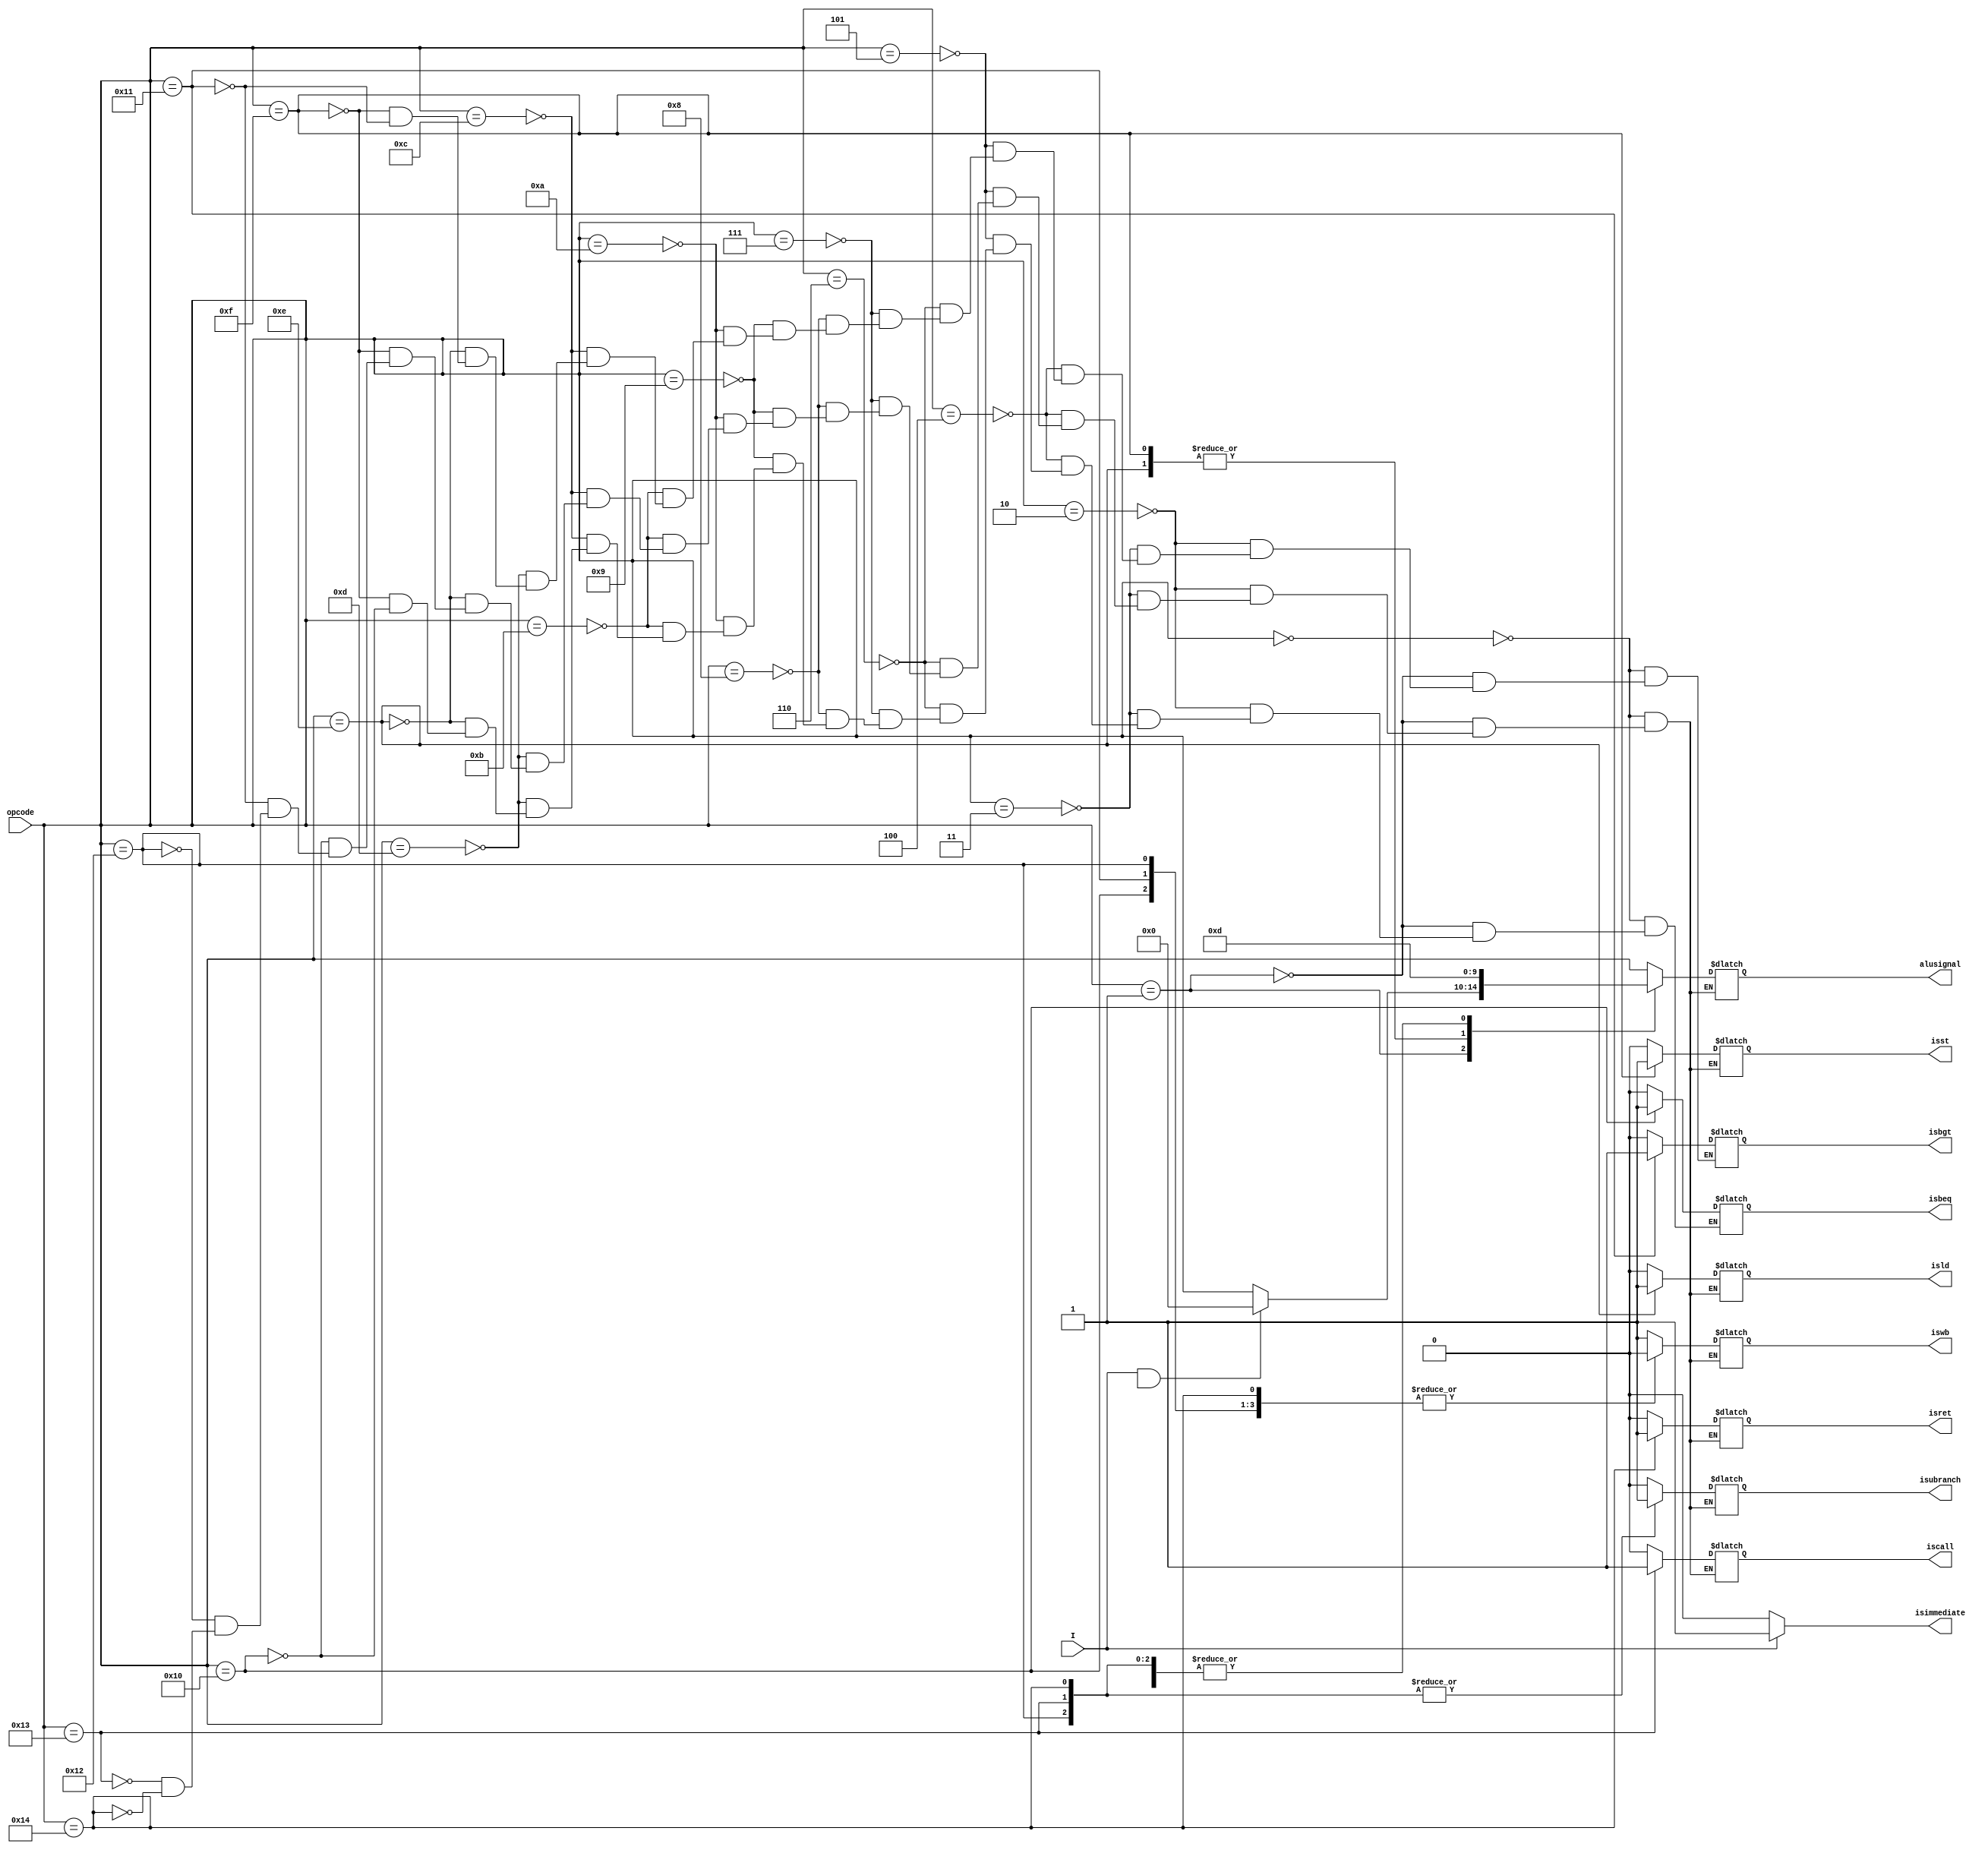
module control ( opcode, I, isst, isld, isbeq, isbgt,isret,isimmediate, iswb,isubranch,iscall,alusignal );

output isst,isld,isbeq,isret,isimmediate,iswb,isubranch,iscall,isbgt;
input [4:0] opcode;                 
input I;
output [4:0] alusignal;
                 
reg isst,isld,isbeq,isret,isimmediate,iswb,isubranch,iscall,isbgt;
wire [4:0] opcode;                 
wire I;
reg [4:0] alusignal;


           always @(*)
           begin
           
           if (I == 1)
           begin
           isimmediate = 1;
           end
           else 
           begin
           isimmediate = 0;
           end         
case(opcode)
5'b00000:                               //Arithmetic Operations
      begin                                         
       alusignal = opcode;
       iswb      = 1;
       isst      = 0;
       isld      = 0;
       isret     = 0;
       isubranch = 0;
       iscall    = 0;
       isbeq     = 0;
       isbgt     = 0;
      end
5'b00001: 
      begin
      if (I==1 && p.immx[31])
      begin
      alusignal = 5'b00000;
      end
      else
      begin
      alusignal = opcode;
      end
       iswb      = 1;
       isst      = 0;
       isld      = 0;
       isret     = 0;
       isubranch = 0;
       iscall    = 0;
       isbeq     = 0;
       isbgt     = 0;
      end

5'b00010: begin
       alusignal = opcode;
       iswb      = 1;
       isst      = 0;
       isld      = 0;
       isret     = 0;
       isubranch = 0;
       iscall    = 0;
       isbeq     = 0;
       isbgt     = 0;
       end

5'b00011: 
begin
       alusignal = opcode;
       iswb      = 1;
       isst      = 0;
       isld      = 0;
       isret     = 0;
       isubranch = 0;
       iscall    = 0;
       isbeq     = 0;
       isbgt     = 0;
end

5'b00100: 
begin
       alusignal = opcode;
       iswb      = 1; 
       isst      = 0;
       isld      = 0;
       isret     = 0;
       isubranch = 0;
       iscall    = 0;
       isbeq     = 0;
       isbgt     = 0;
end

5'b00101:
begin 
       alusignal = opcode;
       iswb      = 0;
       isst      = 0;
       isld      = 0;
       isret     = 0;
       isubranch = 0;
       iscall    = 0;
       isbeq     = 0;
       isbgt     = 0;
end

5'b00110:
begin
       alusignal = opcode;
       iswb      = 1;
       isst      = 0;
       isld      = 0;
       isret     = 0;
       isubranch = 0;
       iscall    = 0;
       isbeq     = 0;
       isbgt     = 0;
 end
 
5'b00111:
begin
       alusignal = opcode;
       iswb      = 1;
       isst      = 0;
       isld      = 0;
       isret     = 0;
       isubranch = 0;
       iscall    = 0;
       isbeq     = 0;
       isbgt     = 0;
 end
 
5'b01000:
begin
       alusignal = opcode;
       iswb      = 1;
       isst      = 0;
       isld      = 0;
       isret     = 0;
       isubranch = 0;
       iscall    = 0;
       isbeq     = 0;
       isbgt     = 0;
 end
 
5'b01001: 
begin
       alusignal = opcode;
       iswb      = 1;
       isst      = 0;
       isld      = 0;
       isret     = 0;
       isubranch = 0;
       iscall    = 0;
       isbeq     = 0;
       isbgt     = 0;
end

5'b01010:
begin
       alusignal = opcode;
       iswb      = 1;
       isst      = 0;
       isld      = 0;
       isret     = 0;
       isubranch = 0;
       iscall    = 0;
       isbeq     = 0;
       isbgt     = 0;
 end
5'b01011:
begin
       alusignal = opcode;
       iswb      = 1;
       isst      = 0;
       isld      = 0;
       isret     = 0;
       isubranch = 0;
       iscall    = 0;
       isbeq     = 0;
       isbgt     = 0;
 end
 
5'b01100: 
begin
       alusignal = opcode;
       iswb      = 1;
       isst      = 0;
       isld      = 0;
       isret     = 0;
       isubranch = 0;
       iscall    = 0;
       isbeq     = 0;
       isbgt     = 0;
end
               
5'b01101:
begin
       alusignal = opcode;
       iswb      = 1;
       isst      = 0;
       isld      = 0;
       isret     = 0;
       isubranch = 0;
       iscall    = 0;
       isbeq     = 0;
       isbgt     = 0;
 end
  
                                  //Branch Operations
5'b01110:
      begin
      alusignal = 5'b00000;
      isld      = 1;
      iswb      = 1;
      isst      = 0;
      isret     = 0;
      isubranch = 0;
      iscall    = 0;
      isbeq     = 0;
      isbgt     = 0;
       end
5'b01111:
      begin
      alusignal = 5'b00000;
      isst      = 1;
      iswb      = 0;
      isld      = 0;
      isret     = 0;
      isubranch = 0;
      iscall    = 0;
      isbeq     = 0;
      isbgt     = 0;
      end
5'b10000:begin
       alusignal = 5'b01101;
       isbeq     = 1;
       iswb      = 0;
       isst      = 0;
       isld      = 0;
       isret     = 0;
       isubranch = 0;
       iscall    = 0;
       end
5'b10001: 
begin
       alusignal = 5'b01101;
       isbgt     = 1 ;
       iswb      = 0;
       isst      = 0;
       isld      = 0;
       isret     = 0;
       isubranch = 0;
       iscall    = 0;
       end
5'b10010: 
begin
       alusignal = 5'b01101;
       isubranch = 1;
       iswb      = 0;
       isst      = 0;
       isld      = 0;
       isret     = 0;
       iscall    = 0;
       end
5'b10011:
      begin
      alusignal = 5'b01101;
      isubranch = 1;
      iscall    = 1;
      iswb      = 1;
      isst      = 0;
      isld      = 0;
      isret     = 0;
                
      end
5'b10100:           
      begin
      alusignal = 5'b01101;
      isubranch = 1;
      isret     = 1;
      iswb      = 0;
      isst      = 0;
      isld      = 0;
      iscall    = 0;          
      end  
      
      endcase
      
      end
      endmodule